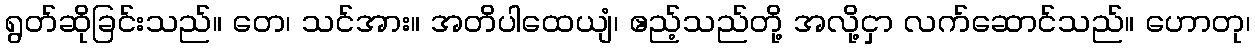
ရွတ်ဆိုခြင်းသည်။ တေ၊ သင်အား။ အတိပါထေယျံ၊ ဧည့်သည်တို့ အလို့ငှာ လက်ဆောင်သည်။ ဟောတု၊